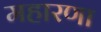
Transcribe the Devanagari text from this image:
महारणा